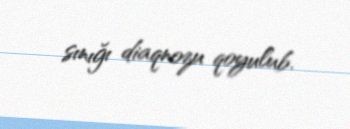
sınığı diaqnozu qoyulub.